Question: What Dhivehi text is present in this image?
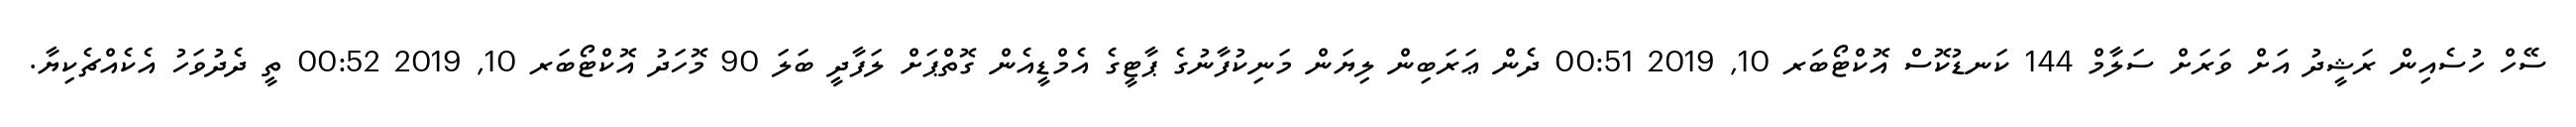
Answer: ސޭހް ހުސެއިން ރަޝީދު އަށް ވަރަށް ސަލާމް 144 ކަނޑުކޮސް އޮކްޓޯބަރ 10, 2019 00:51 ދެން ޢަރަބިން ލިޔަން މަނިކުފާނުގެ ޕާޓީގެ އެމްޑީއެން ގޮތްޕަށް ލަފާދީ ބަލަ 90 މޮހަދު އޮކްޓޯބަރ 10, 2019 00:52 ތީ ދެދުވަހު އެކެއްޗެކިޔާ.